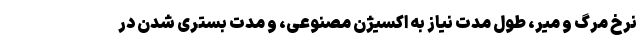
نرخ مرگ و میر، طول مدت نیاز به اکسیژن مصنوعی، و مدت بستری شدن در